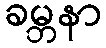
ခမ္ဘနာ